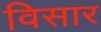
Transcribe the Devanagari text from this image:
विसार